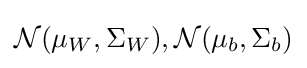
{\mathcal {N}}(\mu _{W},\Sigma _{W}),{\mathcal {N}}(\mu _{b},\Sigma _{b})